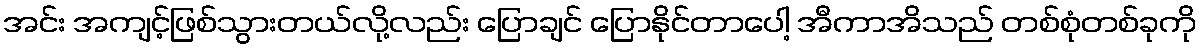
အင်း အကျင့်ဖြစ်သွားတယ်လို့လည်း ပြောချင် ပြောနိုင်တာပေါ့ အီကာအိသည် တစ်စုံတစ်ခုကို